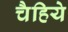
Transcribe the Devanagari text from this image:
चैहिये